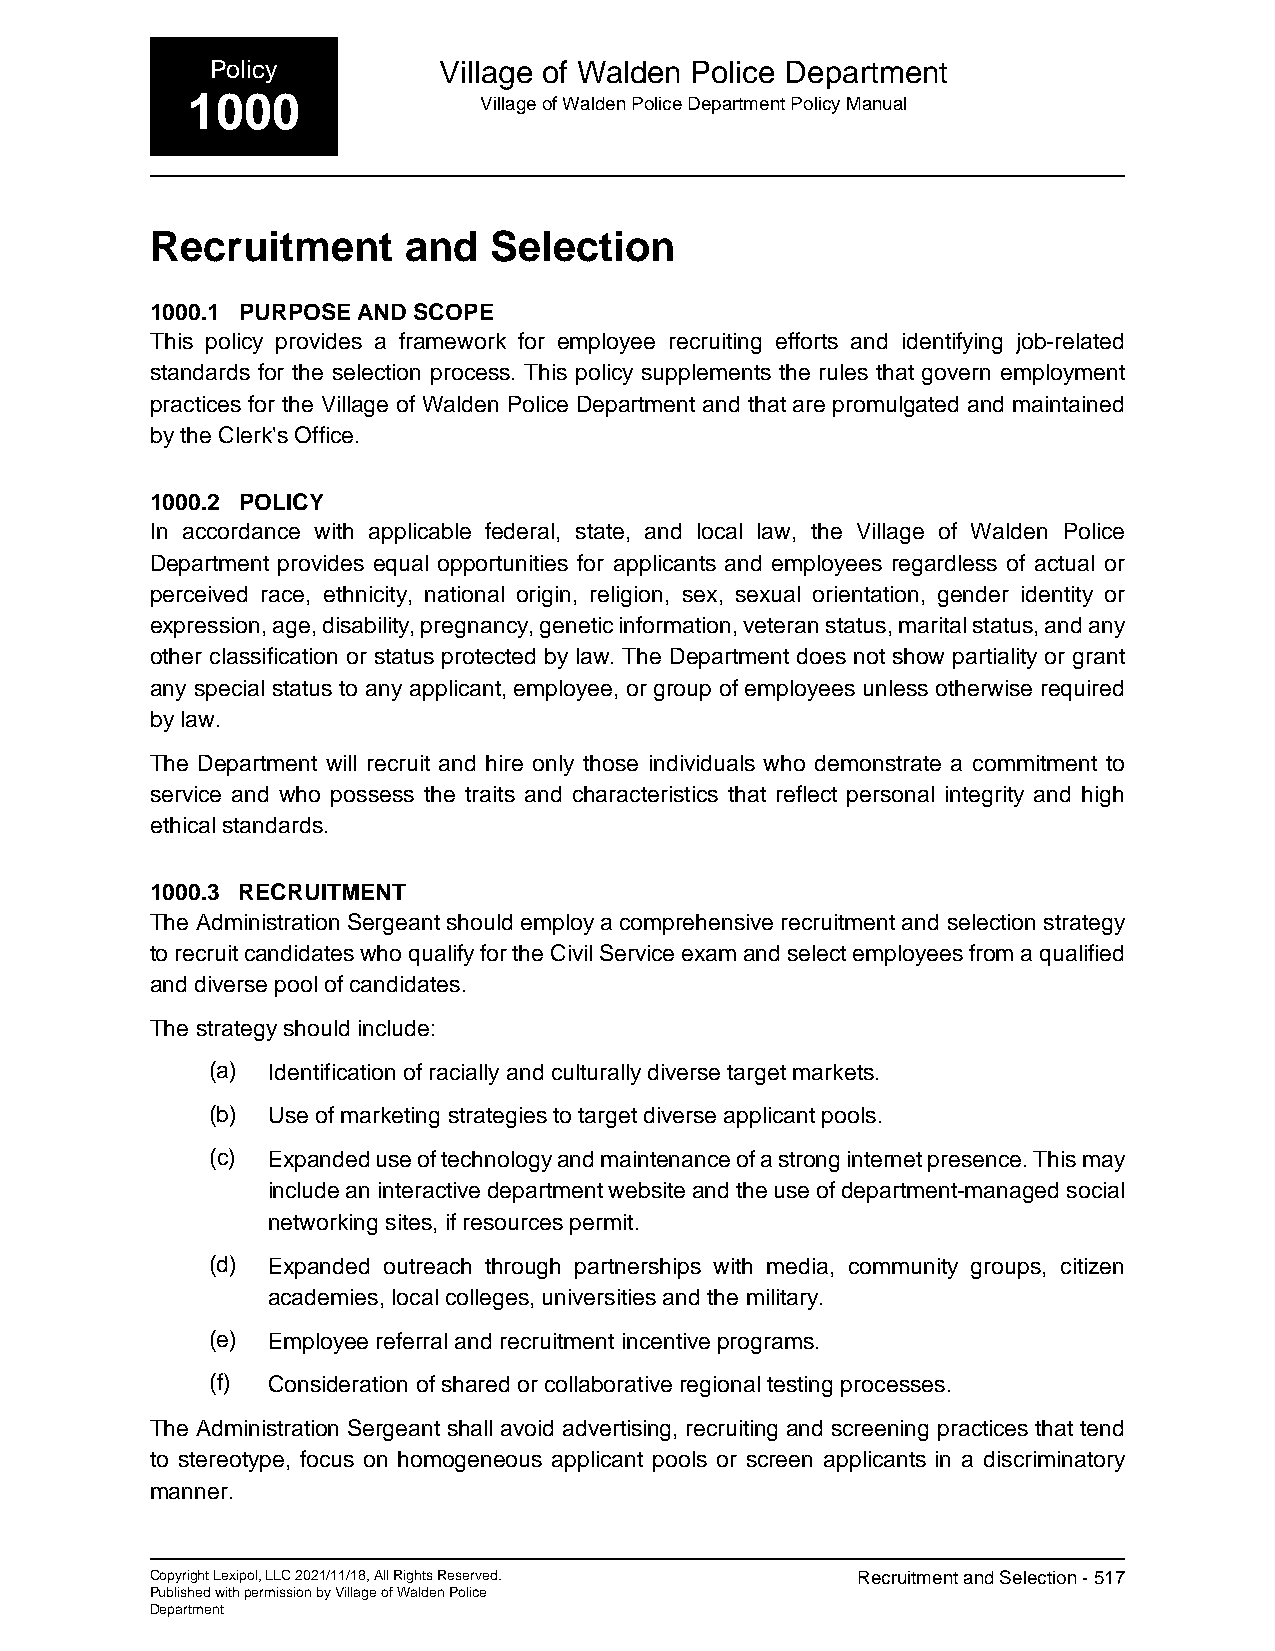
Policy         Village of Walden Police Department
 1000                Village of Walden Police Department Policy Manual
 Recruitment      and  Selection
 1000.1 PURPOSE AND SCOPE
 This policy provides a framework for employee recruiting efforts and identifying job-related
 standards for the selection process. This policy supplements the rules that govern employment
 practices for the Village of Walden Police Department and that are promulgated and maintained
 by the Clerk's Office.
 1000.2 POLICY
 In accordance with applicable federal, state, and local law, the Village of Walden Police
 Department provides equal opportunities for applicants and employees regardless of actual or
 perceived race, ethnicity, national origin, religion, sex, sexual orientation, gender identity or
 expression, age, disability, pregnancy, genetic information, veteran status, marital status, and any
 other classification or status protected by law. The Department does not show partiality or grant
 any special status to any applicant, employee, or group of employees unless otherwise required
 by law.
 The Department will recruit and hire only those individuals who demonstrate a commitment to
 service and who possess the traits and characteristics that reflect personal integrity and high
 ethical standards.
 1000.3 RECRUITMENT
 The Administration Sergeant should employ a comprehensive recruitment and selection strategy
 to recruit candidates who qualify for the Civil Service exam and select employees from a qualified
 and diverse pool of candidates.
 The strategy should include:
 (a) Identification of racially and culturally diverse target markets.
 (b) Use of marketing strategies to target diverse applicant pools.
 (c) Expanded use of technology and maintenance of a strong internet presence. This may
 include an interactive department website and the use of department-managed social
 networking sites, if resources permit.
 (d) Expanded outreach through partnerships with media, community groups, citizen
 academies, local colleges, universities and the military.
 (e) Employee referral and recruitment incentive programs.
 (f) Consideration of shared or collaborative regional testing processes.
 The Administration Sergeant shall avoid advertising, recruiting and screening practices that tend
 to stereotype, focus on homogeneous applicant pools or screen applicants in a discriminatory
 manner.
 Copyright Lexipol, LLC 2021/11/18, All Rights Reserved. Recruitment and Selection - 517
 Published with permission by Village of Walden Police
 Department